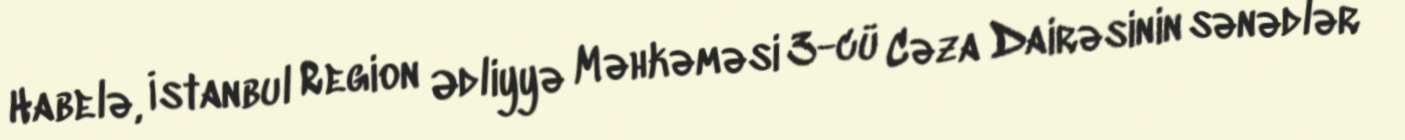
Habelə, İstanbul Region Ədliyyə Məhkəməsi 3-cü Cəza Dairəsinin sənədlər